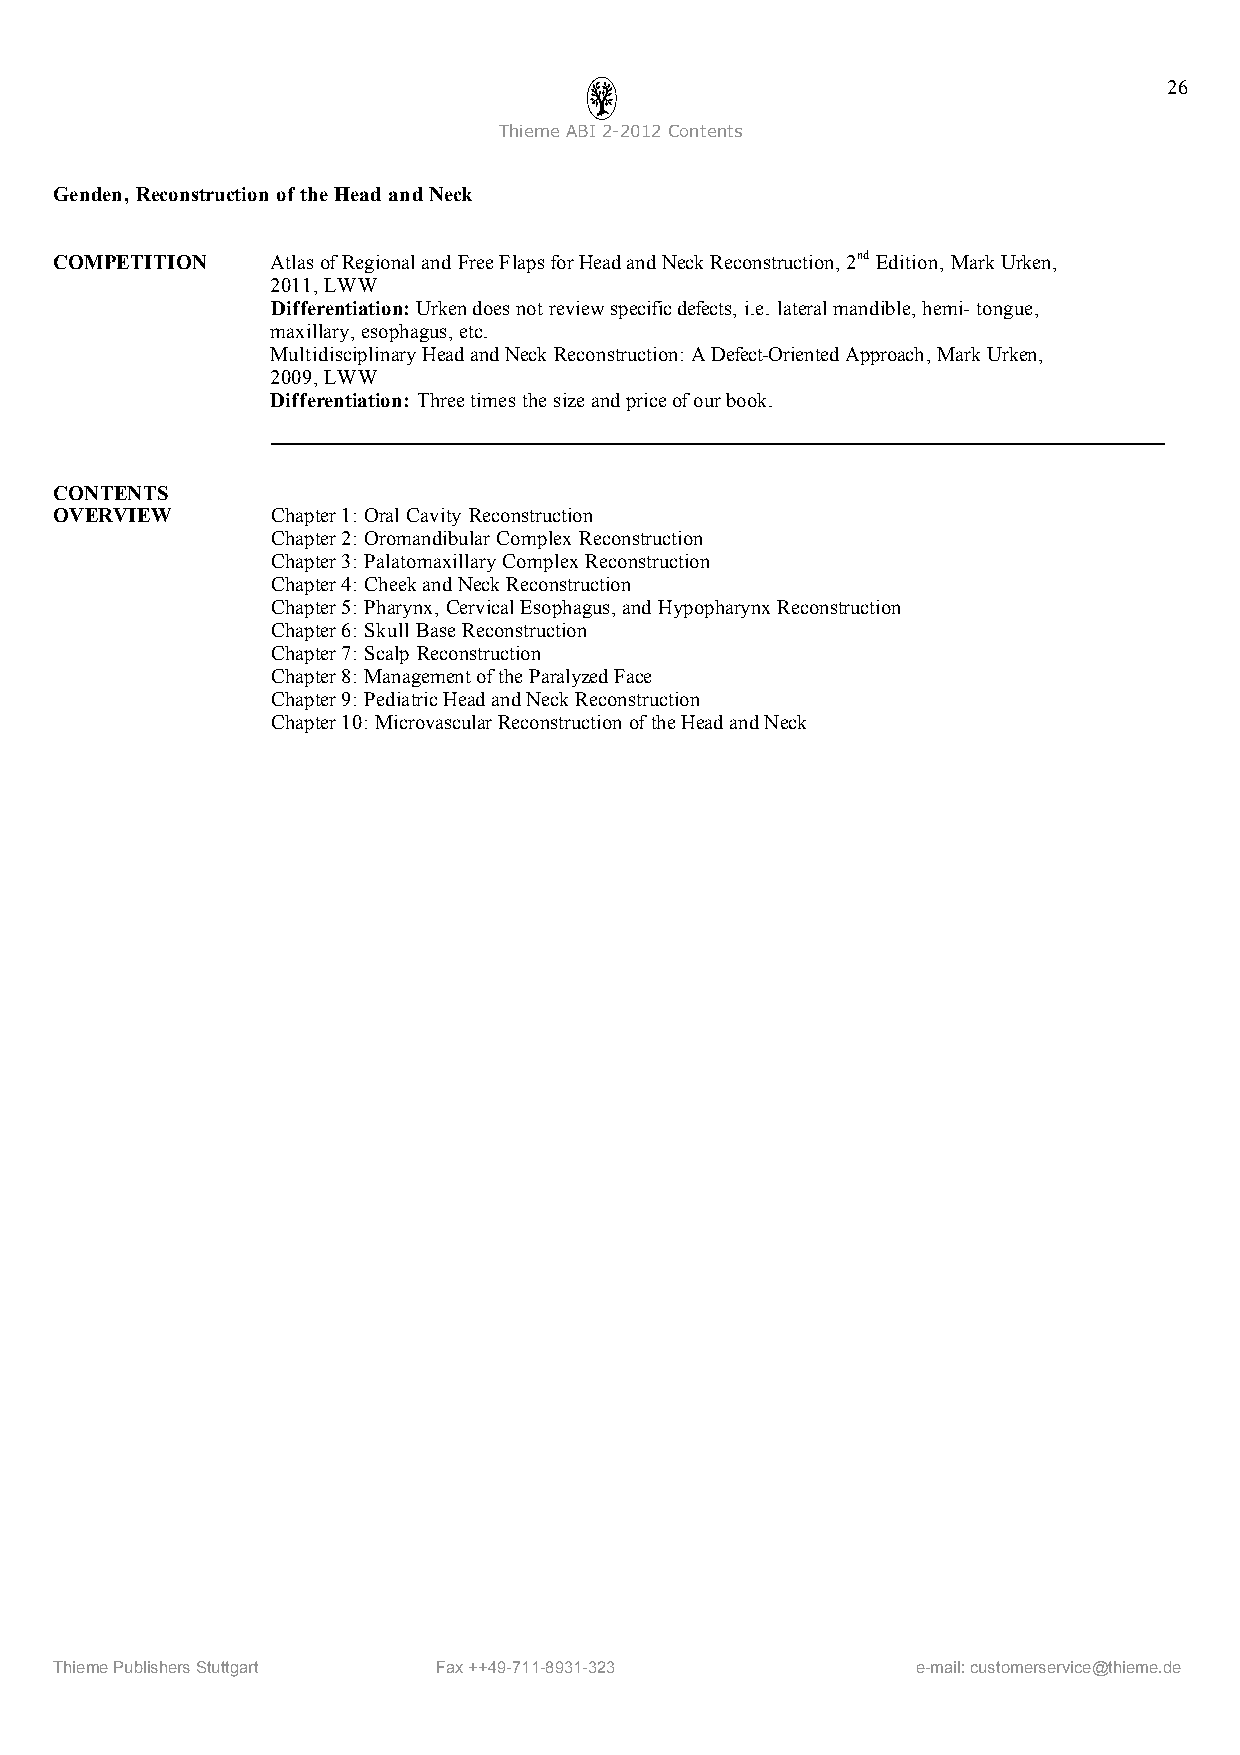
26
 ThiemeABI2-2012Contents
 Genden, Reconstruction ofthe Head andNeck
 COMPETITION   AtlasofRegionaland FreeFlapsforHeadandNeckReconstruction,2ndEdition, MarkUrken,
 2011,LWW
 Differentiation:Urkendoesnotreviewspecificdefects, i.e. lateralmandible,hemi-tongue,
 maxillary,esophagus,etc.
 MultidisciplinaryHeadandNeck Reconstruction:ADefect-OrientedApproach, MarkUrken,
 2009,LWW
 Differentiation: Threetimes thesizeandpriceofourbook.
 CONTENTS
 OVERVIEW      Chapter1:Oral Cavity Reconstruction
 Chapter2:OromandibularComplex Reconstruction
 Chapter3: Palatomaxillary Complex Reconstruction
 Chapter4: CheekandNeck Reconstruction
 Chapter5: Pharynx, CervicalEsophagus,andHypopharynxReconstruction
 Chapter6: Skull BaseReconstruction
 Chapter7: Scalp Reconstruction
 Chapter8: ManagementoftheParalyzedFace
 Chapter9: PediatricHeadandNeckReconstruction
 Chapter10: MicrovascularReconstruction oftheHeadandNeck
 ThiemePublishersStuttgart Fax++49-711-8931-323           e-mail:customerservice@thieme.de